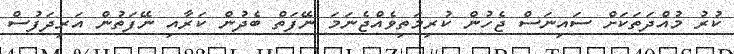
ކުރު މުއްދަތަކަށް ސައިނަސް ޖެހުން ކުރިމަތިވެއްޖެނަމަ ނޭފަތް ބެދުން ކަރާއި ނޭފަތުން އަރިދަފުސް